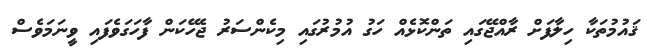
ޤައުމުތަކާ ހިލާފަށް ރާއްޖޭގައި ތަންކޮޅެއް ހަގު އުމުރުގައި މިކެންސަރު ޖެހޭކަން ފާހަގަވެފައި ވީނަމަވެސް